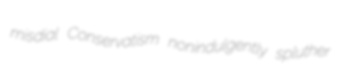
misdial Conservatism nonindulgently spluther